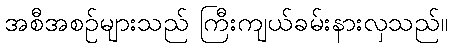
အစီအစဉ်များသည် ကြီးကျယ်ခမ်းနားလှသည်။